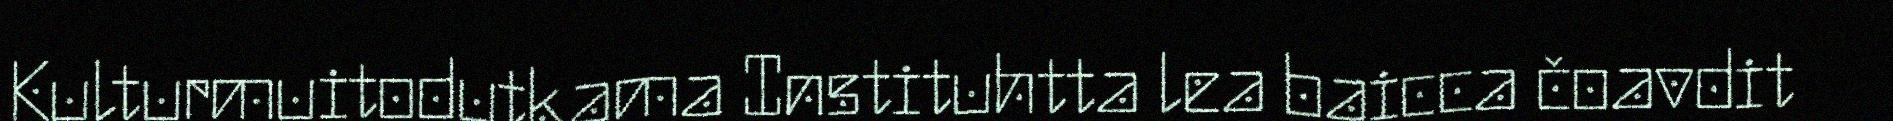
Kulturmuitodutkama Instituhtta lea baicca čoavdit